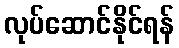
လုပ်ဆောင်နိုင်ရန်